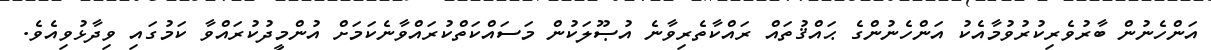
އަންހެނުން ބާރުވެރިކުރުވުމާއެކު އަންހެނުންގެ ޙައްޤުތައް ރައްކާތެރިވާނެ އުޞޫލަކުން މަސައްކަތްކުރައްވާނެކަމަށް އުންމީދުކުރައްވާ ކަމުގައި ވިދާޅުވިއެވެ.